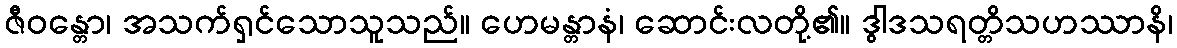
ဇီဝန္တော၊ အသက်ရှင်သောသူသည်။ ဟေမန္တာနံ၊ ဆောင်းလတို့၏။ ဒွါဒသရတ္တိသဟဿာနိ၊